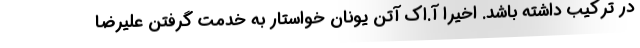
در ترکیب داشته باشد. اخیرا آ.اک آتن یونان خواستار به خدمت گرفتن علیرضا